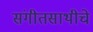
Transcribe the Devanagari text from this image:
संगीतसाथीचे